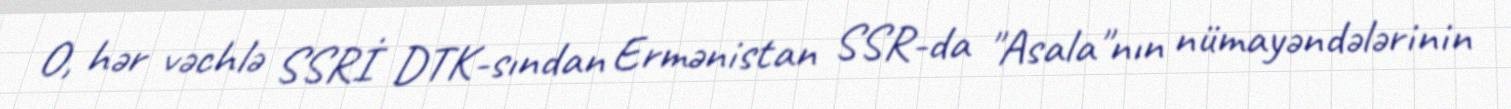
O, hər vəchlə SSRİ DTK-sından Ermənistan SSR-da "Asala"nın nümayəndələrinin